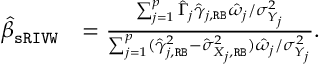
\begin{array} { r l } { \widehat { \beta } _ { \mathtt { s R I V W } } } & { = \frac { \sum _ { j = 1 } ^ { p } \hat { \Gamma } _ { j } \hat { \gamma } _ { j , \mathtt { R B } } \hat { \omega } _ { j } / \sigma _ { Y _ { j } } ^ { 2 } } { \sum _ { j = 1 } ^ { p } ( \hat { \gamma } _ { j , \mathtt { R B } } ^ { 2 } - \hat { \sigma } _ { X _ { j } , \mathtt { R B } } ^ { 2 } ) \hat { \omega } _ { j } / \sigma _ { Y _ { j } } ^ { 2 } } . } \end{array}